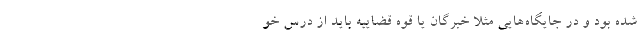
شده بود و در جایگاه‌هایی مثلا خبرگان یا قوه قضاییه باید از درس خو